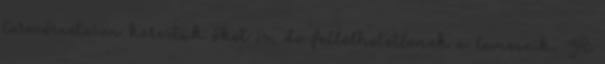
természetesen kerestük őket is, de fellelhetetlenek a lemezeik. A